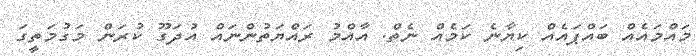
މައްމައެއް ބައްޕައެއް ކިޔާނެ ކަމެއް ނެތް. އާއްމު ރައްޔަތުންނައް އުދަގޫ ކުރަން މަގުމަތީގަ